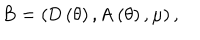
\mathrm { B } = \left( \mathrm { D } \left( \theta \right) , \mathrm { A } \left( \theta \right) , \mu \right) ,